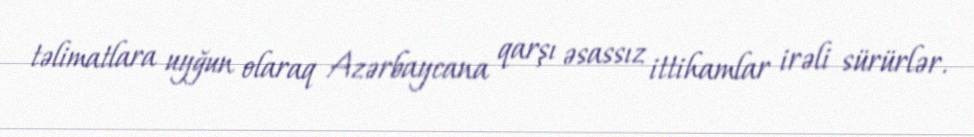
təlimatlara uyğun olaraq Azərbaycana qarşı əsassız ittihamlar irəli sürürlər.